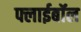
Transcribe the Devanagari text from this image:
फ्लाईबॉल